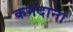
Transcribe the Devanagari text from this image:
कगदाना